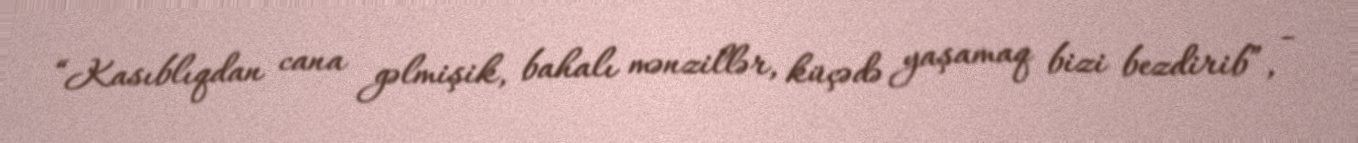
“Kasıblıqdan cana gəlmişik, bahalı mənzillər, küçədə yaşamaq bizi bezdirib”, -